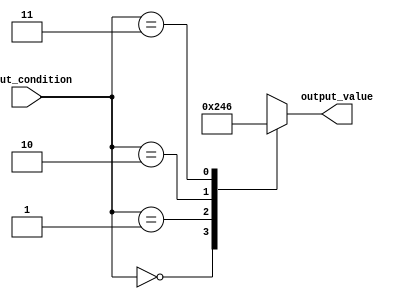
module case_statement_block (
    input wire [1:0] input_condition,
    output reg [3:0] output_value
);

always @(*) begin
    case(input_condition)
        2'b00: output_value = 4'b0000; // Define case 1 condition and output
        2'b01: output_value = 4'b0010; // Define case 2 condition and output
        2'b10: output_value = 4'b0100; // Define case 3 condition and output
        2'b11: output_value = 4'b0110; // Define case 4 condition and output
        default: output_value = 4'b1111; // Define default case for unmatched conditions
    endcase
end

endmodule